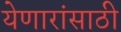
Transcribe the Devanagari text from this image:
येणारांसाठी